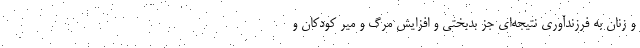
و زنان به فرزندآوری نتیجه‌ای جز بدبختی و افزایش مرگ و میر کودکان و